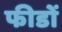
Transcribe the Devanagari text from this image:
फीडों